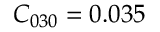
C _ { 0 3 0 } = 0 . 0 3 5